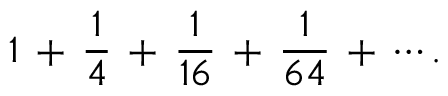
1 \, + \, { \frac { 1 } { 4 } } \, + \, { \frac { 1 } { 1 6 } } \, + \, { \frac { 1 } { 6 4 } } \, + \, \cdots .